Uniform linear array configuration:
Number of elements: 4
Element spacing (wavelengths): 0.5
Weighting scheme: blackman
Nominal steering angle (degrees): -30
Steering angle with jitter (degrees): -28.17
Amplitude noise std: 0.05
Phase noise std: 0.05

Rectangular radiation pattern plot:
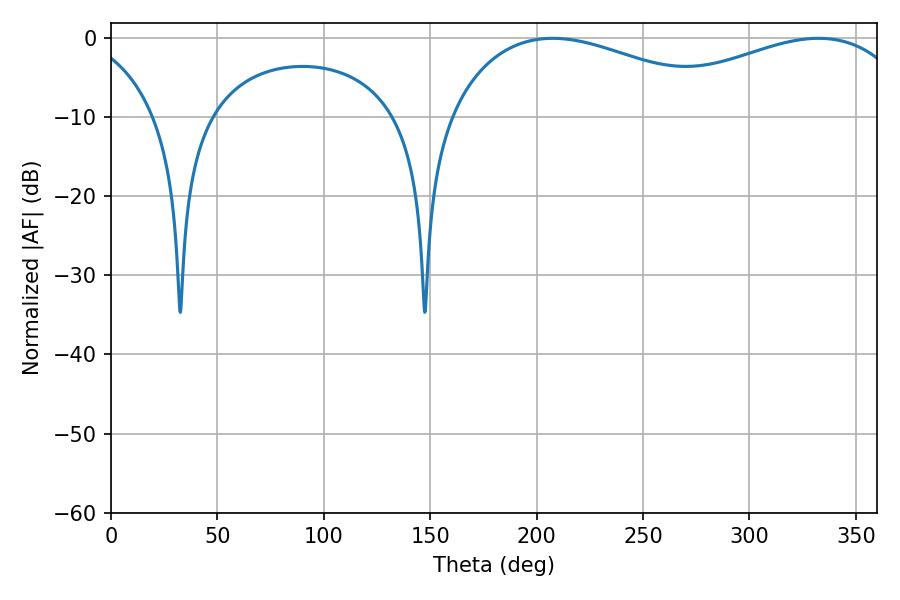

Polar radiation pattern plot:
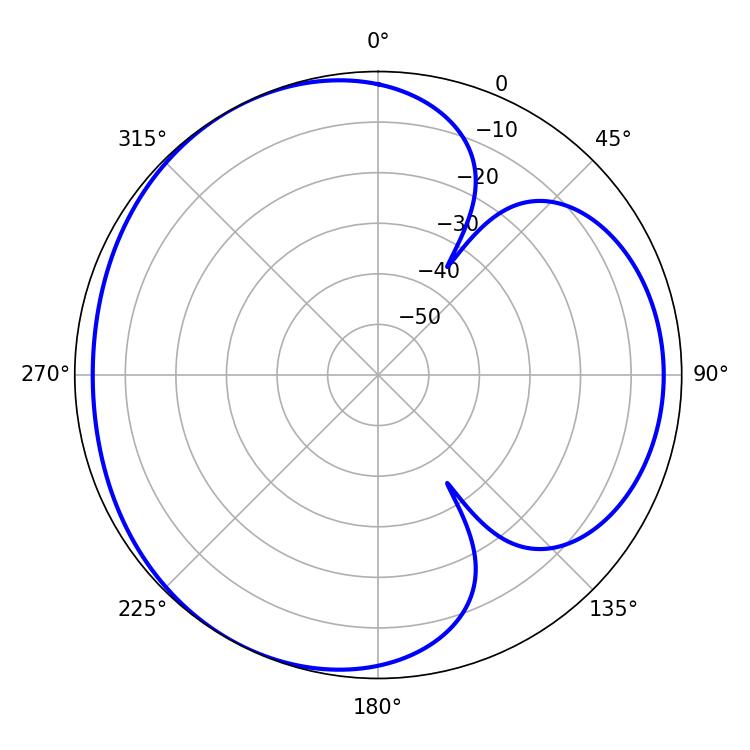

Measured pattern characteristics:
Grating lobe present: FALSE
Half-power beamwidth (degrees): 76.32
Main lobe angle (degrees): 207.54